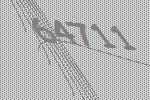
64711